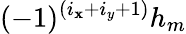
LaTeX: (-1)^{(i_{\mathbf{x}}+i_{y}+1)}h_{m}